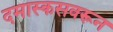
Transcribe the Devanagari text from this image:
दमास्कसवरून